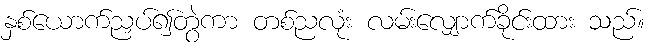
နှစ်ယောက်ညှပ်၍တွဲကာ တစ်ညလုံး လမ်းလျှောက်ခိုင်းထား သည်။